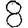
Digit: 8